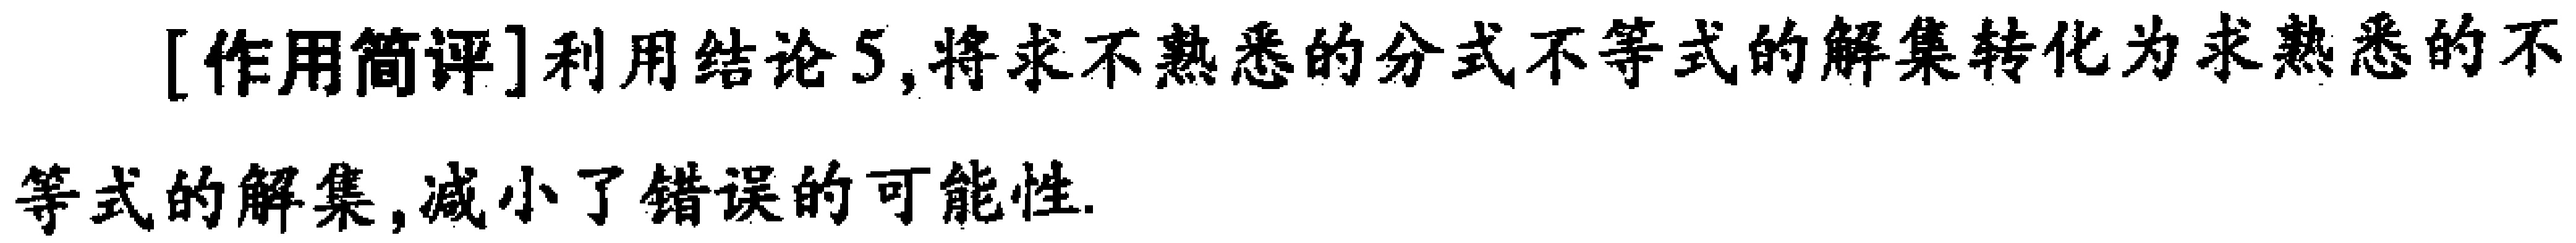
[作用简评]利用结论5,将求不熟悉的分式不等式的解集转化为求熟悉的不等式的解集,减小了错误的可能性.